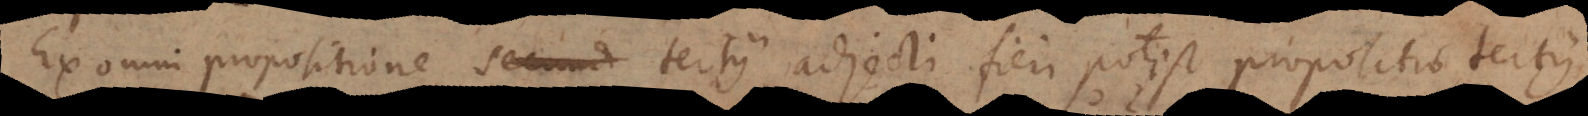
Ex omni propositione secundi tertii adjecti fieri potest propositio [s